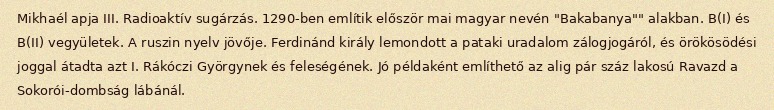
Mikhaél apja III. Radioaktív sugárzás. 1290-ben említik először mai magyar nevén "Bakabanya"" alakban. B(I) és B(II) vegyületek. A ruszin nyelv jövője. Ferdinánd király lemondott a pataki uradalom zálogjogáról, és örökösödési joggal átadta azt I. Rákóczi Györgynek és feleségének. Jó példaként említhető az alig pár száz lakosú Ravazd a Sokorói-dombság lábánál.